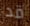
قد